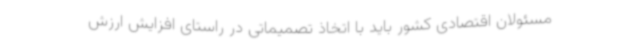
مسئولان اقتصادی کشور باید با اتخاذ تصمیماتی در راستای افزایش ارزش